Annual administration report of the Civil Veterinary Department of India - 1908-1909
Year: 1908
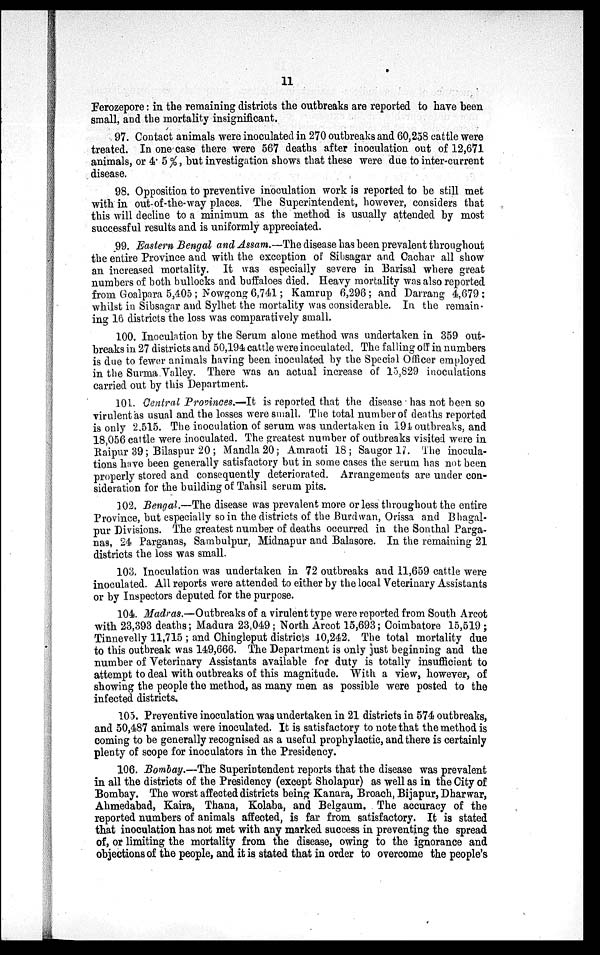
11
Ferozepore: in the remaining districts the outbreaks are reported to have been
small, and the mortality insignificant.
97. Contact animals were inoculated in 270 outbreaks and 60,258 cattle were
treated. In one case there were 567 deaths after inoculation out of 12,671
animals, or 4.5%, but investigation shows that these were due to inter-current
disease.
98. Opposition to preventive inoculation work is reported to be still met
with in out-of-the-way places. The Superintendent, however, considers that
this will decline to a minimum as the method is usually attended by most
successful results and is uniformly appreciated.
99. Eastern Bengal and Assam.—The disease has been prevalent throughout
the entire Province and with the exception of Sibsagar and Cachar all show
an increased mortality. It was especially severe in Barisal where great
numbers of both bullocks and buffaloes died. Heavy mortality was also reported
from Goalpara 5,405; Nowgong 6,741; Kamrup 6,296; and Darrang 4,679;
whilst in Sibsagar and Sylhet the mortality was considerable. In the remain-
ing 16 districts the loss was comparatively small.
100. Inoculation by the Serum alone method was undertaken in 359 out-
breaks in 27 districts and 50,194 cattle were inoculated. The falling off in numbers
is due to fewer animals having been inoculated by the Special Officer employed
in the Surma Valley. There was an actual increase of 15,829 inoculations
carried out by this Department.
101. Central Provinces.—It is reported that the disease has not been so
virulent as usual and the losses were small. The total number of deaths reported
is only 2,515. The inoculation of serum was undertaken in 194 outbreaks, and
18,056 cattle were inoculated. The greatest number of outbreaks visited were in
Raipur 39; Bilaspur 20; Mandla 20; Amraoti 18; Saugor 17. The inocula-
tions have been generally satisfactory but in some cases the serum has not been
properly stored and consequently deteriorated. Arrangements are under con-
sideration for the building of Tahsil serum pits.
302. Bengal.—The disease was prevalent more or less throughout the entire
Province, but especially so in the districts of the Burdwan, Orissa and Bhagal-
pur Divisions. The greatest number of deaths occurred in the Sonthal Parga-
nas, 24 Parganas, Sambulpur, Midnapur and Balasore. In the remaining 21
districts the loss was small.
103. Inoculation was undertaken in 72 outbreaks and 11,659 cattle were
inoculated. All reports were attended to either by the local Veterinary Assistants
or by Inspectors deputed for the purpose.
104. Madras.—Outbreaks of a virulent type were reported from South Arcot
with 23,393 deaths; Madura 23,049; North Arcot 15,693; Coimbatore 15,519;
Tinnevelly 11,715; and Chingleput districts 10,242. The total mortality due
to this outbreak was 149,666. The Department is only just beginning and the
number of Veterinary Assistants available for duty is totally insufficient to
attempt to deal with outbreaks of this magnitude. With a view, however, of
showing the people the method, as many men as possible were posted to the
infected districts.
105. Preventive inoculation was undertaken in 21 districts in 574 outbreaks,
and 50,487 animals were inoculated. It is satisfactory to note that the method is
coming to be generally recognised as a useful prophylactic, and there is certainly
plenty of scope for inoculators in the Presidency.
106. Bombay.—The Superintendent reports that the disease was prevalent
in all the districts of the Presidency (except Sholapur) as well as in the City of
Bombay. The worst affected districts being Kanara, Broach, Bijapur, Dharwar,
Ahmedabad, Kaira, Thana, Kolaba, and Belgaum. The accuracy of the
reported numbers of animals affected, is far from satisfactory. It is stated
that inoculation has not met with any marked success in preventing the spread
of, or limiting the mortality from the disease, owing to the ignorance and
objections of the people, and it is stated that in order to overcome the people's